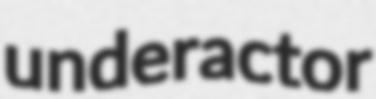
underactor